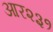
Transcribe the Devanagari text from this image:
आर२३१